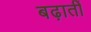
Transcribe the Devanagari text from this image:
बढ़ातीं